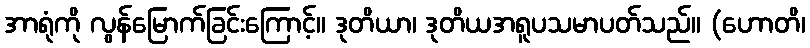
အာရုံကို လွန်မြောက်ခြင်းကြောင့်။ ဒုတိယာ၊ ဒုတိယအရူပသမာပတ်သည်။ (ဟောတိ၊